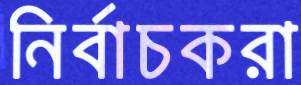
নির্বাচকরা